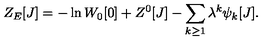
Z _ { E } [ J ] = - \ln W _ { 0 } [ 0 ] + Z ^ { 0 } [ J ] - \sum _ { k \geq 1 } \lambda ^ { k } \psi _ { k } [ J ] .